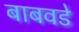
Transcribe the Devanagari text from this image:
बाबवडे